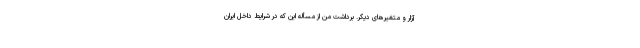
آزار و متغیرهای دیگر. برداشت من از مسأله این که در شرایط داخل ایران